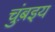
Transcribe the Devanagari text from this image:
चुंब़इय